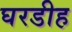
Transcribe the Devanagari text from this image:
घरडीह